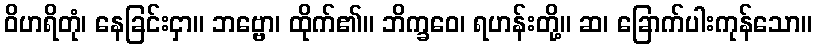
ဝိဟရိတုံ၊ နေခြင်းငှာ။ ဘဗ္ဗော၊ ထိုက်၏။ ဘိက္ခဝေ၊ ရဟန်းတို့။ ဆ၊ ခြောက်ပါးကုန်သော။